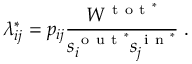
\lambda _ { i j } ^ { * } = p _ { i j } \frac { W ^ { \mathrm { ~ t ~ o ~ t ~ } ^ { * } } } { s _ { i } ^ { \mathrm { ~ o ~ u ~ t ~ } ^ { * } } s _ { j } ^ { \mathrm { ~ i ~ n ~ } ^ { * } } } \; .